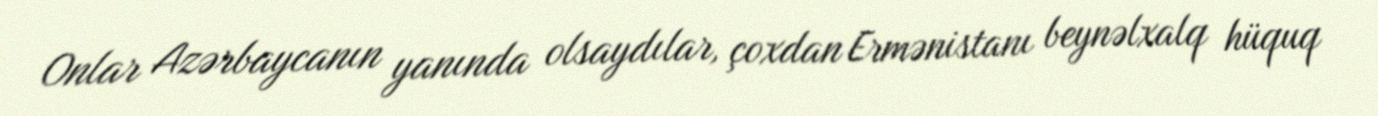
Onlar Azərbaycanın yanında olsaydılar, çoxdan Ermənistanı beynəlxalq hüquq